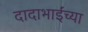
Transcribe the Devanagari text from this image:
दादाभाईंच्या